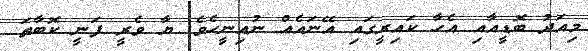
މިއަދު ބޮޑީއާއި އެހާ ކައިރީގައި އޭނައެއް ނުއިނީހެވެ. ޔާ ވެރީ ފަނީ ކޮބާތަ